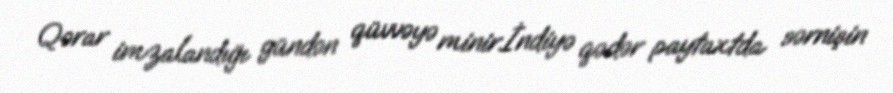
Qərar imzalandığı gündən qüvvəyə minir.İndiyə qədər paytaxtda sərnişin